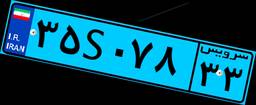
۷۳S۶۷۸۰۷